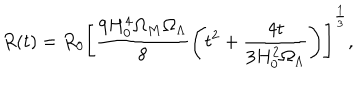
LaTeX: R ( t ) = R _ { 0 } \left[ \frac { 9 H _ { 0 } ^ { 4 } \Omega _ { M } \Omega _ { \Lambda } } { 8 } \left( t ^ { 2 } + \frac { 4 t } { 3 H _ { 0 } ^ { 2 } \Omega _ { \Lambda } } \right) \right] ^ { \frac { 1 } { 3 } } ,